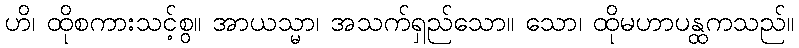
ဟိ၊ ထိုစကားသင့်စွ။ အာယသ္မာ၊ အသက်ရှည်သော။ သော၊ ထိုမဟာပန္ထကသည်။